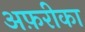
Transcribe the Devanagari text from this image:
अफ़रीका